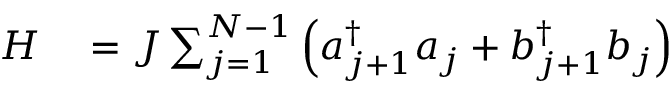
\begin{array} { r l } { H } & { { } = J \sum _ { j = 1 } ^ { N - 1 } \left( a _ { j + 1 } ^ { \dagger } a _ { j } + b _ { j + 1 } ^ { \dagger } b _ { j } \right) } \end{array}